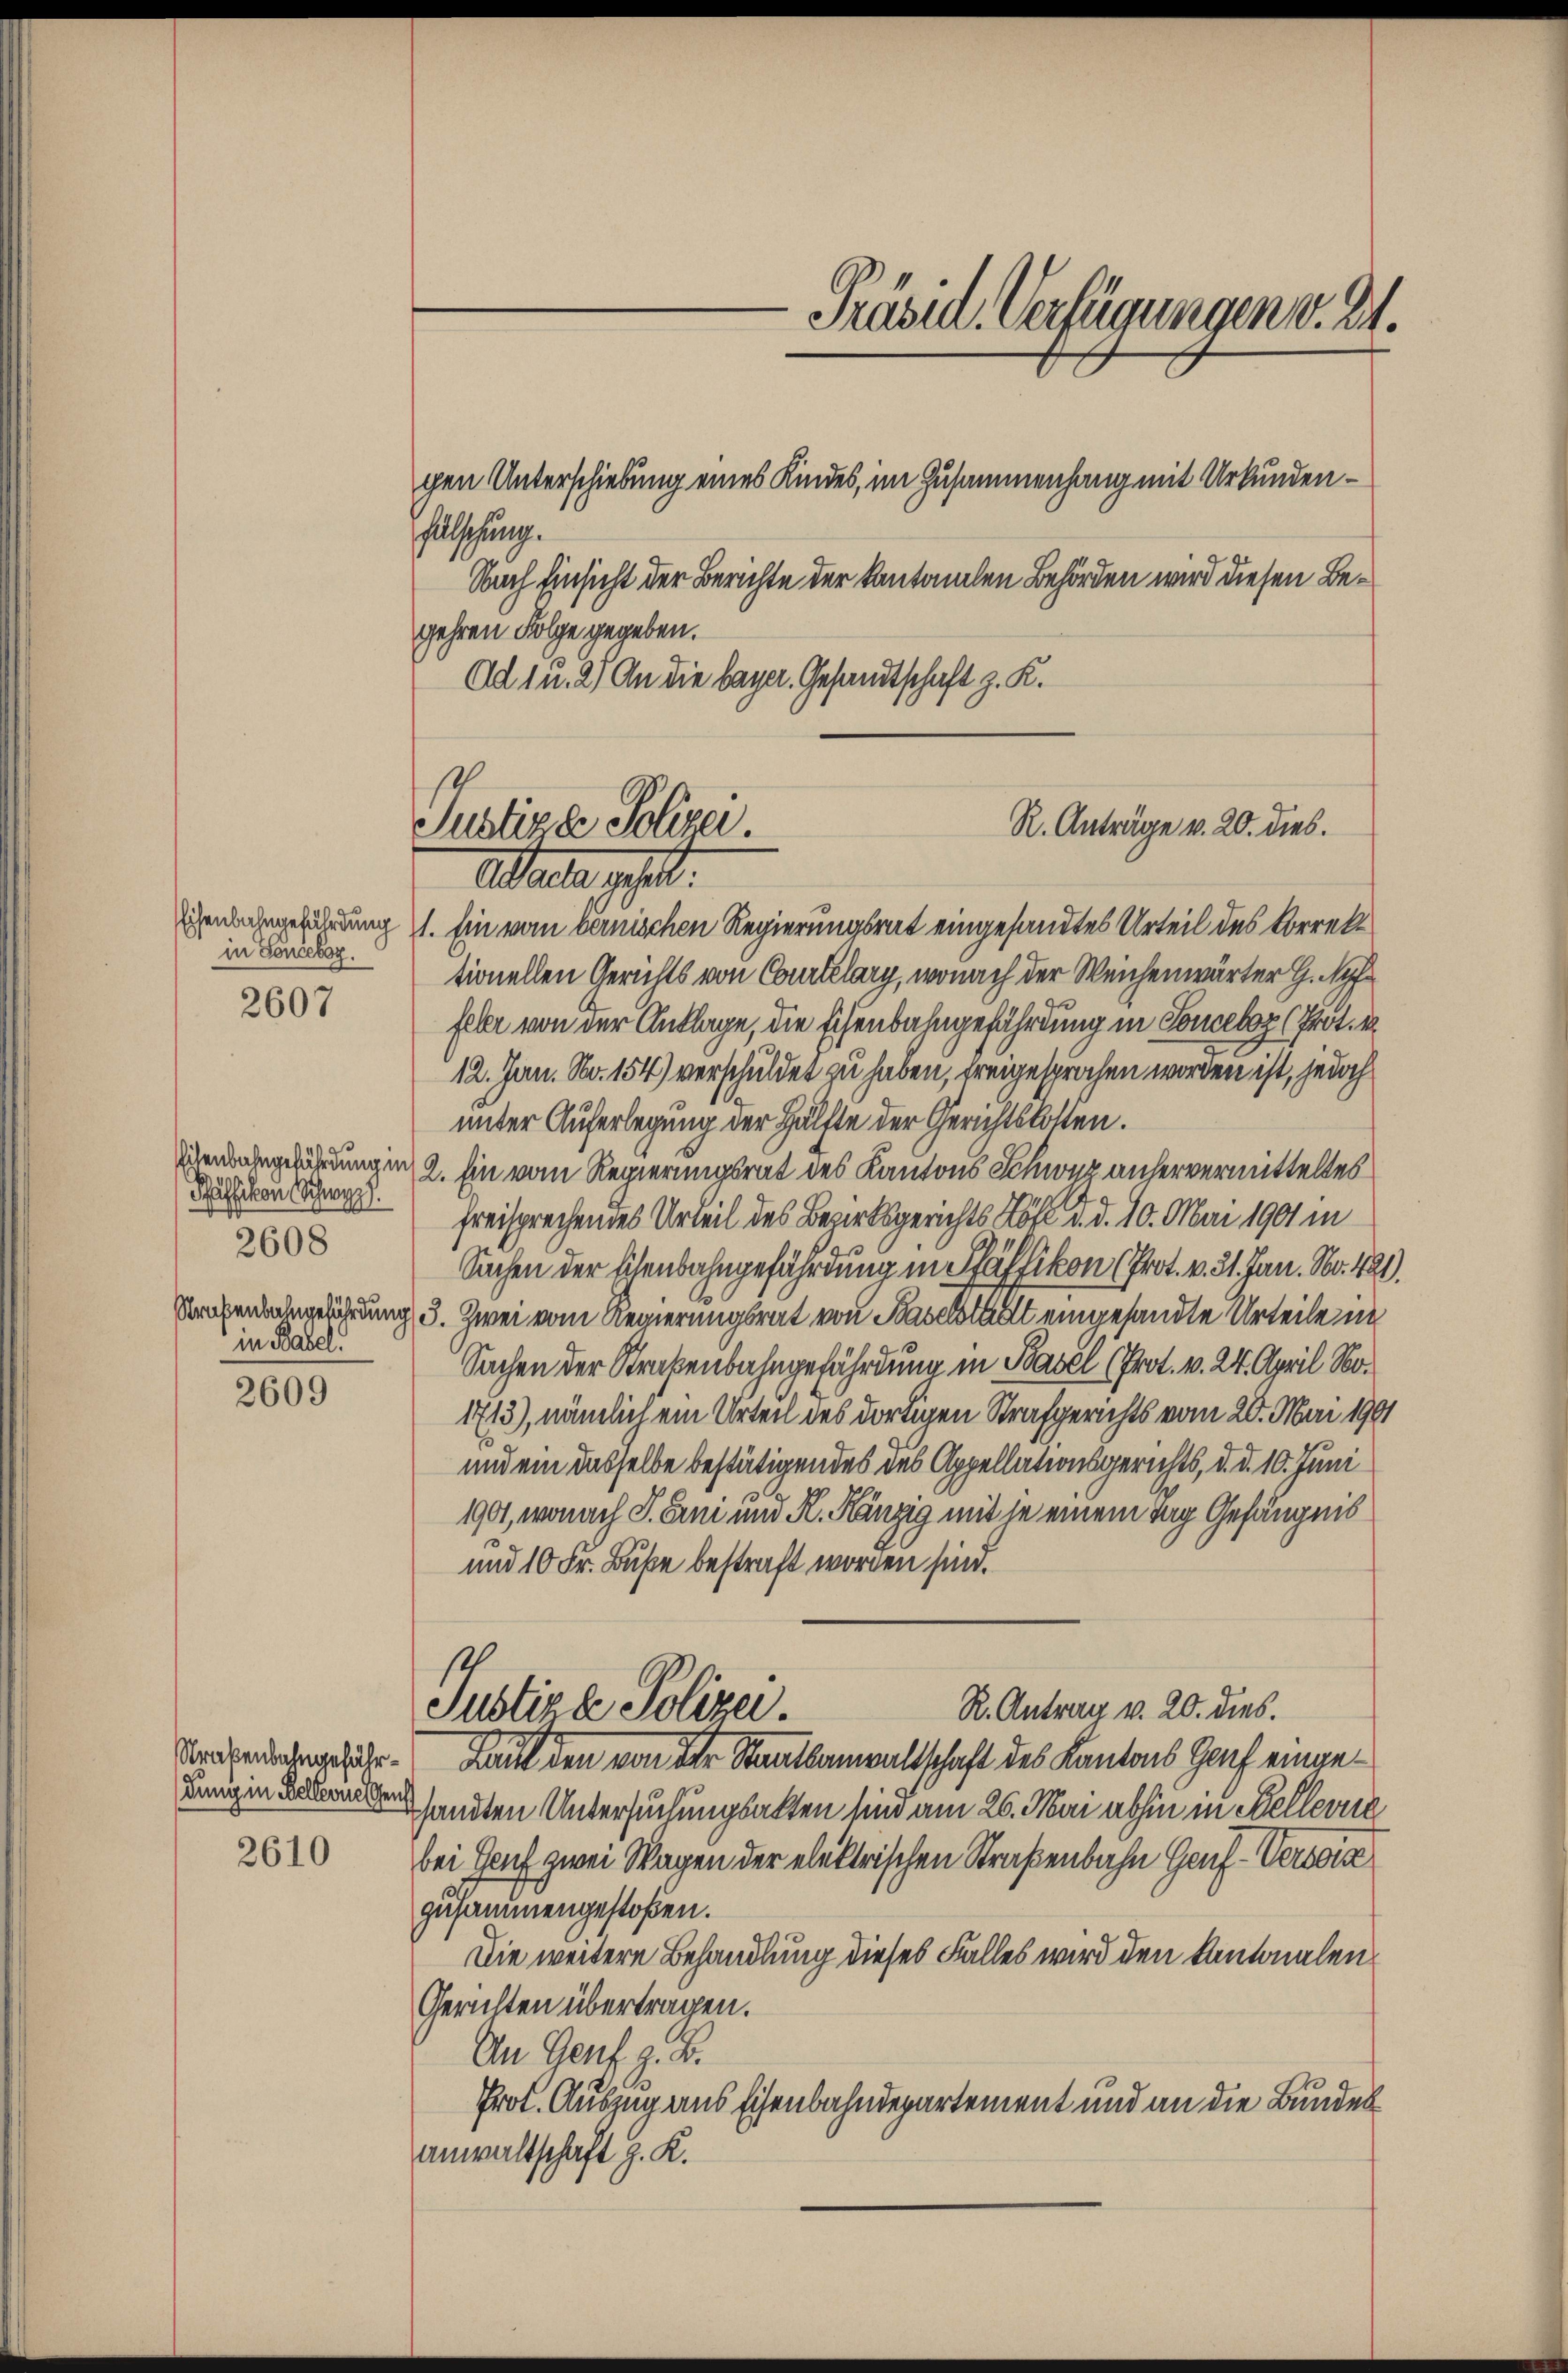
Eisenbahngeführdung
in Sonceboz.

2607

Pfäffikon Schwy
2608
in Basel.

2609

Straßenbahngefährdung in Bellerne Genf

2610

Allschung.
Nach Einsicht der Berichte der kantonalen Behörden wird diesen Begehren Folge gegeben.
Ad 1 u. 2) An die bayer. Gesandtschaft z. K.

Präsid. Verfügungen v. 24.
gen Unterschiebung eines Kindes, im Zusammenhang mit Urkunden¬

R. Anträge v. 20. dies.
Justizde Polizei.
Abarten gehalt.

1. Ein vom bernischen Regierungsrat eingesandtes Urteil des Korrekt
tionellen Gerichts von Courtelary, wonach der Weichenwärter G. M
feler von der Anklage, die Eisenbahngefährdung in Tonceboz (Prot.
12. Jan. No. 154) verschuldet zu haben, freigesprochen worden ist, jedoch
unter Auferlegung der Hälfte der Gerichtskosten.
zendangeführungen 2. Ein vom Regierungsrat des Kantons Schwyz anhervermitteltes
freisprechendes Urteil des Bezirksgerichts Löfl d. d. 10. Mai 1901 in
Sachen der Eisenbahngefährdung in Pfäffikon (Prot. v. 31. Jan. No. 421.
Strafenbaugesicherung 3. Zwei vom Regierungsrat von Baselstadt eingesandte Urteile in
Sachen der Straßenbahngefährdung in Basel (Prot. v. 24. April No¬
1713), nämlich ein Urteil des dortigen Strafgerichts vom 20. Mai 1901
und ein dasselbe bestätigendes des Appellationsgerichts, d. d. 10. Juni
1901, wonach J. Erni und K. Hänzig mit je einem Tag Gefängnis
und 10 Fr. Buße bestraft worden sind.
1
R. Antrag v. 20. dies.
Justiza Polizei
Kauf den von der Staatsanwaltschaft des Kantons Hof eingeshandten Untersuchungsakten sind am 26. Mai abhin in Kellevue
bei Genf zwei Wagen der elektrischen Straßenbahn Genf -Verwiese
zusammengestoßen.
Die weitere Behandlung dieses Falles wird den Kantonalen
Gerichten übertragen.
An Genf z. B.
Prol. Auszug aus Eisenbahndepartement und an die Bundesanwaltschaft z. K.